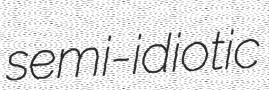
semi-idiotic